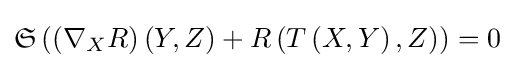
{\mathfrak {S}}\left(\left(\nabla _{X}R\right)\left(Y,Z\right)+R\left(T\left(X,Y\right),Z\right)\right)=0